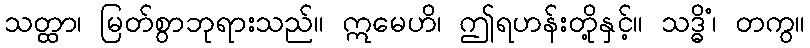
သတ္ထာ၊ မြတ်စွာဘုရားသည်။ ဣမေဟိ၊ ဤရဟန်းတို့နှင့်။ သဒ္ဓိံ၊ တကွ။